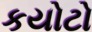
કયોટો